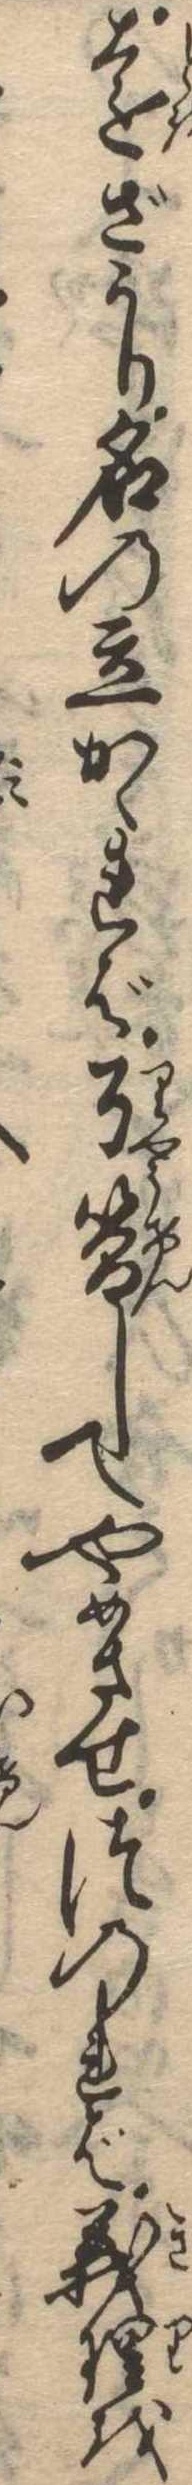
遠ざかり名の立かゝれば了簡してやめさせつのれば義理を